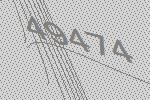
49474